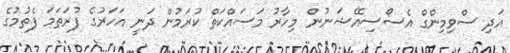
އަދި ސްވިމިންގް އެސޯސިއޭޝަނުން މިހާރު މަސައްކަތް ކުރަމުން ދަނީ އަހަރުގެ ފުރަތަމަ ފެތުމުގެ